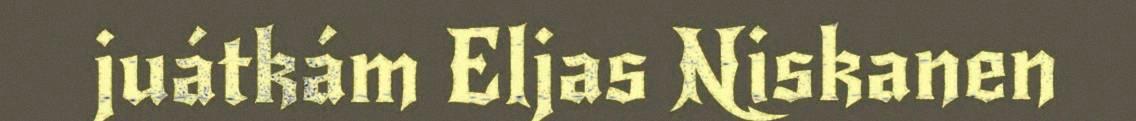
juátkám Eljas Niskanen